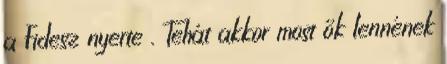
a Fidesz nyerte . Tehát akkor most ők lennének